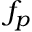
f _ { p }